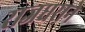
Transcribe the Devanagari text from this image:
राजधराने